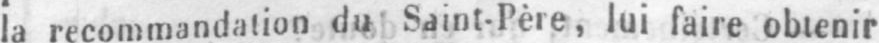
la recommandation du Saint-Père, lui faire obtenir